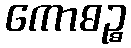
ကောဓဉ္စ